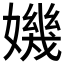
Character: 𡡤